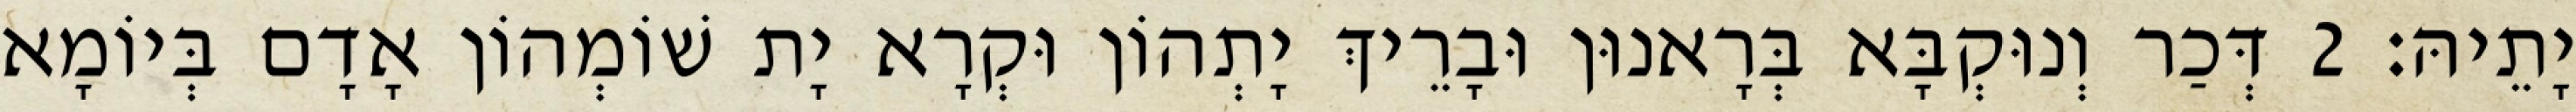
יָתֵיהּ׃ 2 דְּכַר וְנוּקְבָּא בְּרָאנוּן וּבָרֵיךְ יָתְהוֹן וּקְרָא יָת שׁוֹמְהוֹן אָדָם בְּיוֹמָא